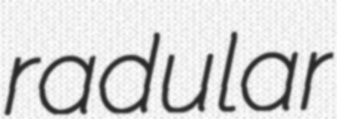
radular